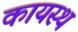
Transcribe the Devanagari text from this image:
कायस्‍थ